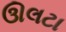
ઊલટા